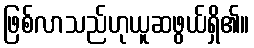
ဖြစ်လာသည်ဟုယူဆဖွယ်ရှိ၏။